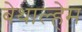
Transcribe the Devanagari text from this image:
बेथाल्हेम